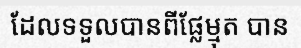
ដែលទទួលបានពីផ្លែម្មុត បាន